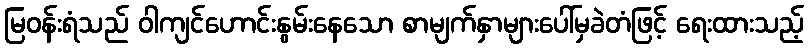
မြဝန်းရံသည် ဝါကျင်ဟောင်းနွမ်းနေသော စာမျက်နှာများပေါ်မှခဲတံဖြင့် ရေးထားသည့်